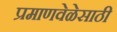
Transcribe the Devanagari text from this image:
प्रमाणवेळेसाठी